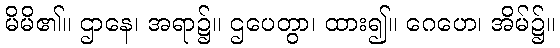
မိမိ၏။ ဌာနေ၊ အရာ၌။ ဌပေတွာ၊ ထား၍။ ဂေဟေ၊ အိမ်၌။